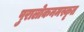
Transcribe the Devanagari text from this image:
पुरालोकनमस्कृत